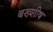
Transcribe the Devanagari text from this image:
बख्शीष